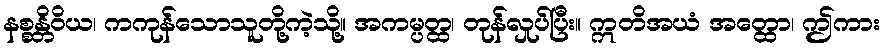
နစ္စန္တိဝိယ၊ ကကုန်သောသူတို့ကဲ့သို့။ အကမ္ပတ္ထ၊ တုန်လှုပ်ပြီး။ ဣတိအယံ အတ္ထော၊ ဤကား